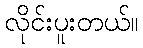
လိုင်းပူးတယ်။